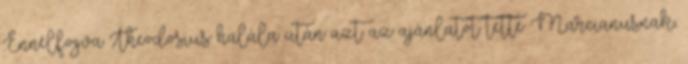
Ennélfogva Theodosius halála után azt az ajánlatot tette Marcianusnak,